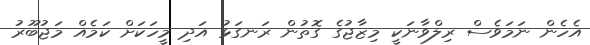
އެހެން ނަމަވެސް ރިލްވާނަކީ މިޒާޖުގެ ގޮތުން ރަނގަޅު އަދި މީހަކަށް ކަމެއް މަޖުބޫރު